[Report on the health of British troops in the Madras command]
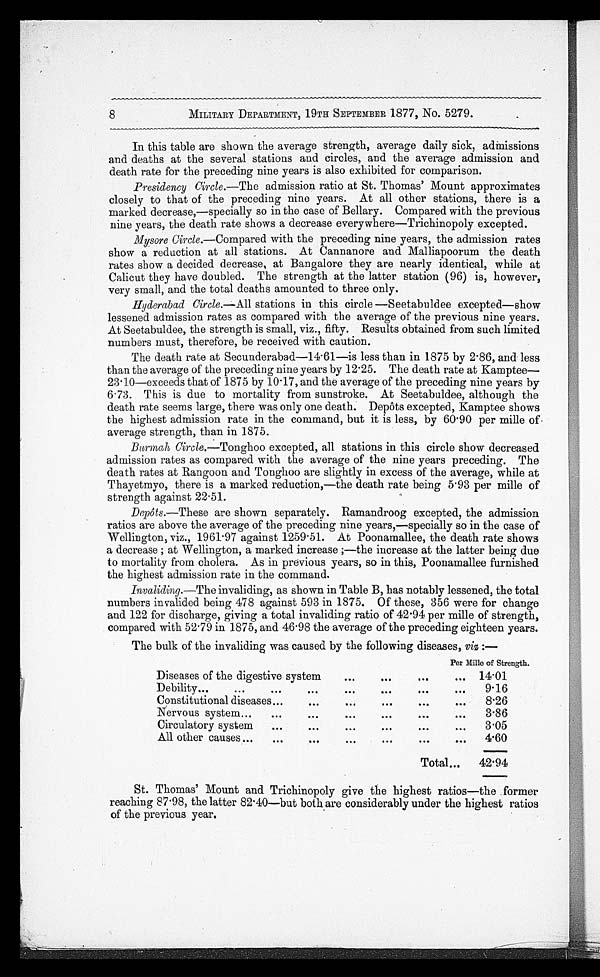
8
MILITARY DEPARTMENT, 19TH SEPTEMBER 1877, No. 5279.
In this table are shown the average strength, average daily sick, admissions
and deaths at the several stations and circles, and the average admission and
death rate for the preceding nine years is also exhibited for comparison.
Presidency Circle .—The admission ratio at St. Thomas' Mount approximates
closely to that of the preceding nine years. At all other stations, there is a
marked decrease,—specially so in the case of Bellary. Compared with the previous
nine years, the death rate shows a decrease everywhere—Trichinopoly excepted.
Mysore Circle .—Compared with the preceding nine years, the admission rates
show a reduction at all stations. At Cannanore and Malliapoorum the death
rates show a decided decrease, at Bangalore they are nearly identical, while at
Calicut they have doubled. The strength at the latter station (96) is, however,
very small, and the total deaths amounted to three only.
Hyderabad Circle.— All stations in this circle—Seetabuldee excepted—show
lessened admission rates as compared with the average of the previous nine years.
At Seetabuldee, the strength is small, viz., fifty. Results obtained from such limited
numbers must, therefore, be received with caution.
The death rate at Secunderabad—14.61—is less than in 1875 by 2.86, and less
than the average of the preceding nine years by 12.25. The death rate at Kamptee-
— 2 3 . 1 0 — e x c e e d s t h a t o f 1 8 7 5 b y 1 0 . 1 7 , a n d t h e a v e r a g e o f t h e p r e c e d i n g n i n e y e a r s b y
6.73. This is due to mortality from sunstroke. At Seetabuldee, although the
death rate seems large, there was only one death. Depôts excepted, Kamptee shows
the highest admission rate in the command, but it is less, by 60.90 per mille of
average strength, than in 1875.
Burmah Circle .—Tonghoo excepted, all stations in this circle show decreased
admission rates as compared with the average of the nine years preceding. The
death rates at Rangoon and Tonghoo are slightly in excess of the average, while at
Thayetmyo, there is a marked reduction,—the death rate being 5.93 per mille of
strength against 22.51.
Depôts.—These are shown separately. Ramandroog excepted, the admission
ratios are above the average of the preceding nine years,—specially so in the case of
Wellington, viz., 1961.97 against 1259.51. At Poonamallee, the death rate shows
a decrease; at Wellington, a marked increase;—the increase at the latter being due
to mortality from cholera. As in previous years, so in this, Poonamallee furnished
the highest admission rate in the command.
Invaliding.— The invaliding, as shown in Table B, has notably lessened, the total
numbers invalided being 478 against 593 in 1875. Of these, 356 were for change
and 122 for discharge, giving a total invaliding ratio of 42.94 per mille of strength,
compared with 52.79 in 1875, and 46.98 the average of the preceding eighteen years.
The bulk of the invaliding was caused by the following diseases, viz :—
Per Mille of Strength.
Diseases of the digestive system . . .
14.01
Debility
.
.
.
9.16
Constitutional diseases . . .
8.26
Nervous system . . .
3.86
Circulatory system . . .
3.05
All other causes . . .
4 . 6 0
Total . . .
42.94
St. Thomas' Mount and Trichinopoly give the highest ratios—the former
reaching 87.98, the latter 82.40—but both are considerably under the highest ratios
of the previous year.